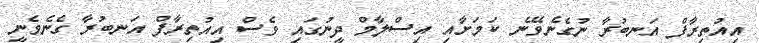
އިއުތިރާފް އަނބުރާ ނުގެނެވޭނެ ކަމަށާއި އިސްލާމް ދީނުގައި ވެސް އިއުތިރާފް އަނބުރާ ގެނެވެނީ